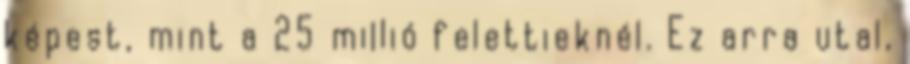
képest, mint a 25 millió felettieknél. Ez arra utal,